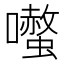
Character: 𭌤